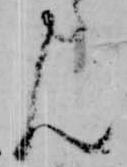
ん